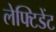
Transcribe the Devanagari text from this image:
लेफ्टिडेंट